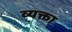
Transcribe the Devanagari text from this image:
व्यक्ता